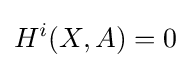
H^{i}(X,A)=0